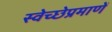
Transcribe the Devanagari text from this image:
स्वेच्छेप्रमाणें